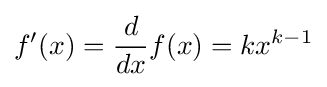
f'(x)={\frac {d}{dx}}f(x)=kx^{k-1}